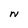
Character: N